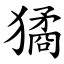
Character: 獝